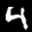
Label: 4